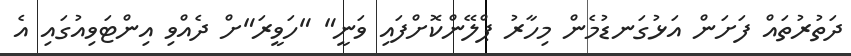
ދަތުރުތައް ފަށަން އަޅުގަނޑުމެން މިހާރު ޕްލޭންކޮށްފައި ވަނީ" "ހަވީރަ"ށް ދެއްވި އިންޓަވިއުގައި އެ